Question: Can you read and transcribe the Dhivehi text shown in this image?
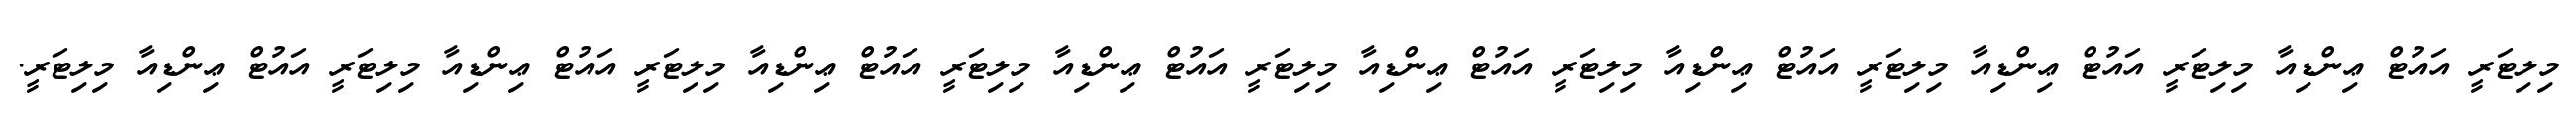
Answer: މިލިޓަރީ އައުޓް ޢިންޑިއާ މިލިޓަރީ އައުޓް ޢިންޑިއާ މިލިޓަރީ އައުޓް ޢިންޑިއާ މިލިޓަރީ އައުޓް ޢިންޑިއާ މިލިޓަރީ އައުޓް ޢިންޑިއާ މިލިޓަރީ އައުޓް ޢިންޑިއާ މިލިޓަރީ އައުޓް ޢިންޑިއާ މިލިޓަރީ އައުޓް ޢިންޑިއާ މިލިޓަރީ.